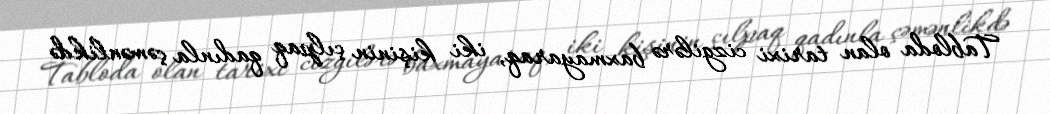
Tabloda olan tarixi cizgilərə baxmayaraq, iki kişinin çılpaq qadınla çəmənlikdə